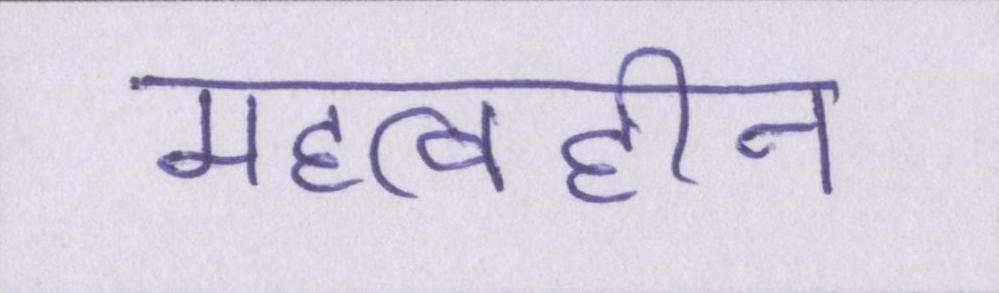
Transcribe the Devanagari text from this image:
महत्वहीन